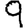
Digit: 9